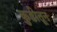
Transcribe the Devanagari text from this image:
कुडीतून